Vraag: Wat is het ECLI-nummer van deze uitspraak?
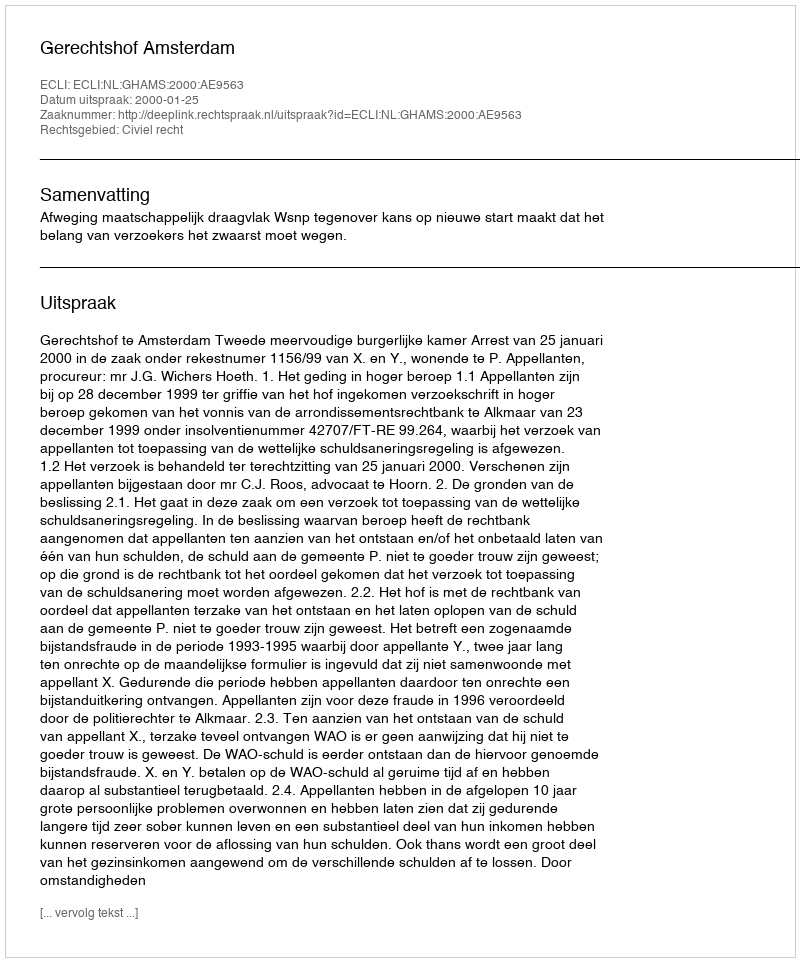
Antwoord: ECLI:NL:GHAMS:2000:AE9563